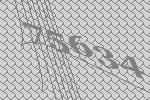
75634